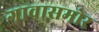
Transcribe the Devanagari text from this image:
गावासमोर